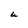
Character: U